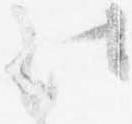
法